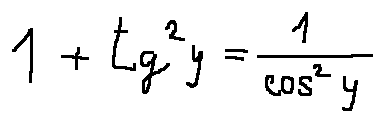
1 + \tan ^ { 2 } y = \frac { 1 } { \cos ^ { 2 } y }